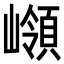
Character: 𡽹